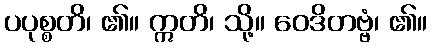
ပပုစ္စတိ၊ ၏။ ဣတိ၊ သို့။ ဝေဒိတဗ္ဗံ၊ ၏။